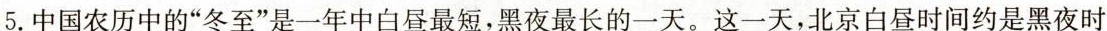
5.中国农历中的”冬至”是一年中白昼最短，黑夜最长的一天。这一天，北京白昼时间约是黑夜时